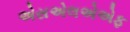
એસએલએએફ